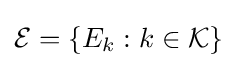
{\mathcal {E}}=\{E_{k}:k\in {\mathcal {K}}\}